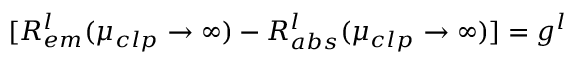
[ R _ { e m } ^ { l } ( \mu _ { c l p } \to \infty ) - R _ { a b s } ^ { l } ( \mu _ { c l p } \to \infty ) ] = g ^ { l }